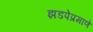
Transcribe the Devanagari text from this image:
झडपेप्रमाणे